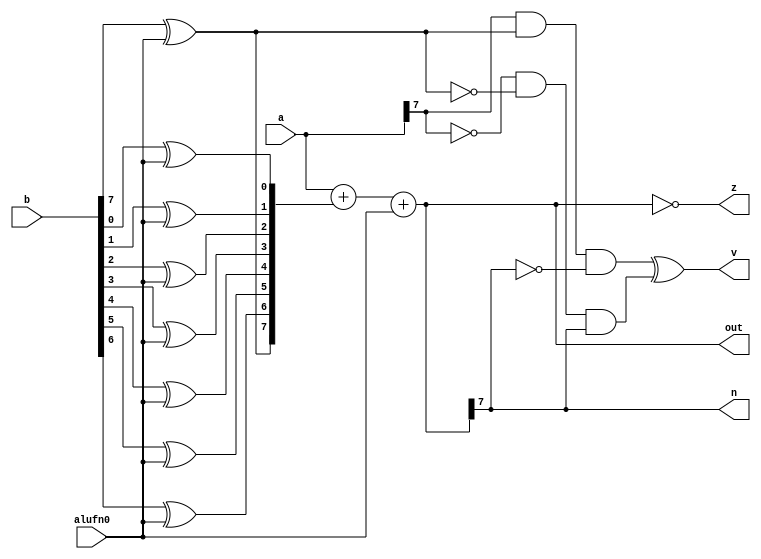
/*
   This file was generated automatically by the Mojo IDE version B1.3.6.
   Do not edit this file directly. Instead edit the original Lucid source.
   This is a temporary file and any changes made to it will be destroyed.
*/

module addSubtract_21 (
    input [7:0] a,
    input [7:0] b,
    input alufn0,
    output reg [7:0] out,
    output reg z,
    output reg v,
    output reg n
  );
  
  
  
  reg [7:0] xb;
  
  reg [7:0] s;
  
  integer x;
  
  always @* begin
    for (x = 1'h0; x < 4'h8; x = x + 1) begin
      xb[(x)*1+0-:1] = b[(x)*1+0-:1] ^ alufn0;
    end
    s = a + xb + alufn0;
    out = s;
    z = s == 8'h00;
    n = s[7+0-:1];
    v = (a[7+0-:1] & xb[7+0-:1] & (~s[7+0-:1])) ^ ((~a[7+0-:1]) & (~xb[7+0-:1]) & (s[7+0-:1]));
  end
endmodule